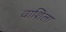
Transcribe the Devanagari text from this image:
वाशिला